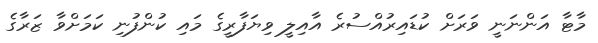
މާޓާ އަންނަނީ ވަރަށް ކުޑައިރުއްސުރެ އާއިލީ ވިޔަފާރީގެ މައި ކުންފުނި ކަމަށްވާ ޒަރާގެ